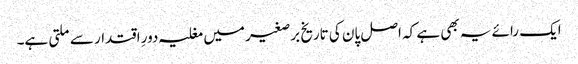
ایک رائے یہ بھی ہے کہ اصل پان کی تاریخ برصغیر میں مغلیہ دورِ اقتدار سے ملتی ہے۔